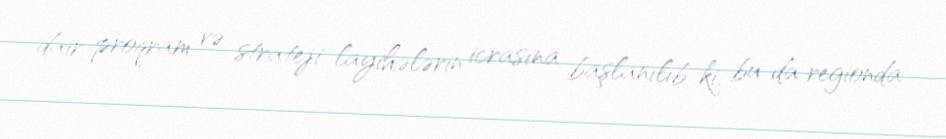
dair proqram və strateji layihələrin icrasına başlanılıb ki, bu da regionda